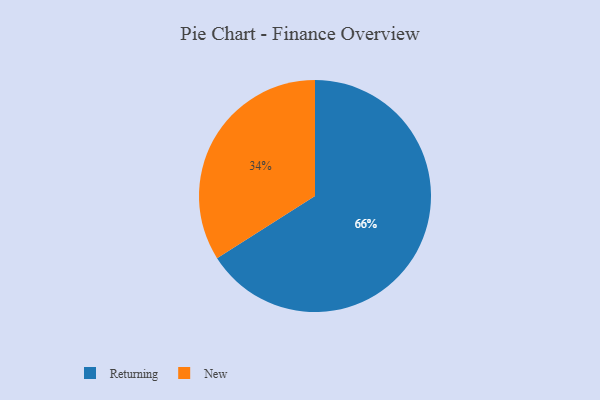
{"axis": {"x": "Category", "y": "Percentage"}, "legend": ["New", "Returning"], "data": [{"x": "New", "y": 34, "type": "New"}, {"x": "Returning", "y": 66, "type": "Returning"}]}